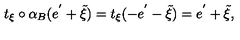
t _ { \xi } \circ \alpha _ { B } ( e ^ { ' } + \tilde { \xi } ) = t _ { \xi } ( - e ^ { ' } - \tilde { \xi } ) = e ^ { ' } + \tilde { \xi } ,